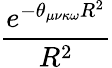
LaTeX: \frac{e^{-\theta_{\mu\nu\kappa\omega}R^{2}}}{R^{2}}